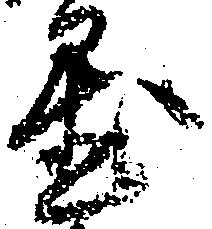
置